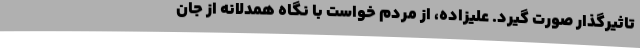
تاثیرگذار صورت گیرد. علیزاده، از مردم خواست با نگاه همدلانه از جان